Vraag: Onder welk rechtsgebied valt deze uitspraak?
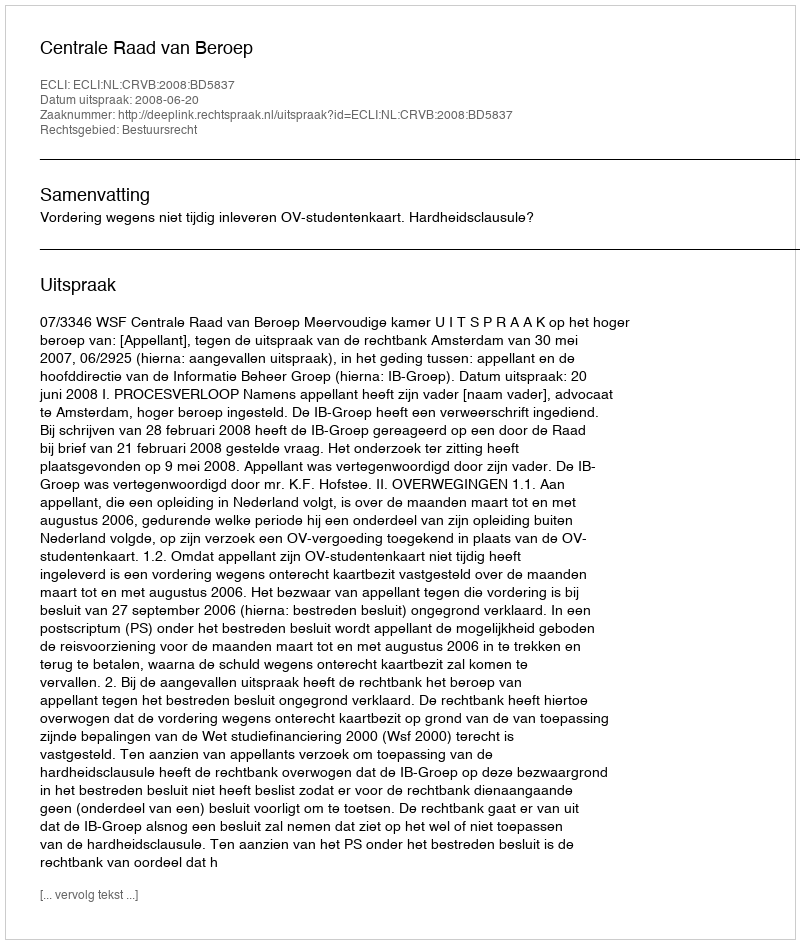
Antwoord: Bestuursrecht